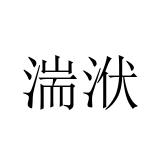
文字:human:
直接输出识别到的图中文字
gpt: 湍洑